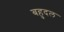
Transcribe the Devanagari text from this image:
बहुदल